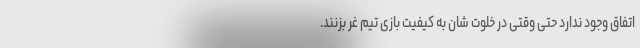
اتفاق وجود ندارد حتی وقتی در خلوت شان به کیفیت بازی تیم غر بزنند.